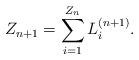
LaTeX: \begin{align*}Z_{n+1}=\sum_{i=1}^{Z_{n}}L_{i}^{(n+1)}.\end{align*}